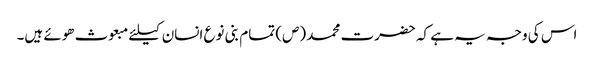
اس کی وجہ یہ ہے کہ حضرت محمد (ص) تمام بنی نوع انسان کیلئے مبعوث ھوئے ہیں۔